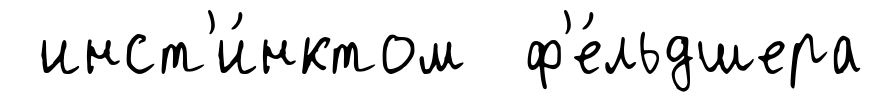
инст'и́нктом ф'е́льдшера